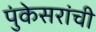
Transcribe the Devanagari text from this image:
पुंकेसरांची